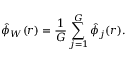
\hat { \phi } _ { W } ( r ) = \frac { 1 } { G } \sum _ { j = 1 } ^ { G } \hat { \phi } _ { j } ( r ) .